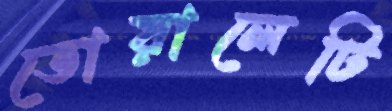
তোয়ালেটি